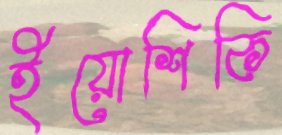
ইয়োশিকি